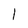
Character: l